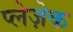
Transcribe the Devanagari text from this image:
प्लेज़ेक